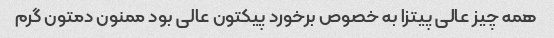
همه چیز عالی پیتزا به خصوص برخورد پیکتون عالی بود ممنون دمتون گرم